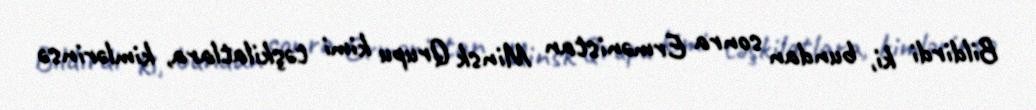
Bildirdi ki, bundan sonra Ermənistan Minsk Qrupu kimi təşkilatlara, kimlərinsə